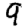
Digit: 9